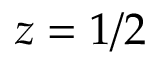
z = 1 / 2